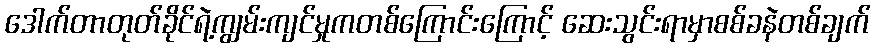
ဒေါက်တာတုတ်ခိုင်ရဲ့ကျွမ်းကျင်မှုကတစ်ကြောင်းကြောင့် ဆေးသွင်းရာမှာစစ်ခနဲတစ်ချက်